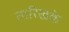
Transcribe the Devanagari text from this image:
तारिखके